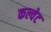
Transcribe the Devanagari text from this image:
कल्वेट